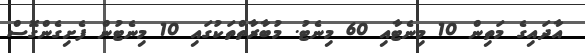
އާދައިގެ މަތިން 10 މިނެޓާއި 60 މިނެޓު. މުބާރާތްތަކުގައި 10 މިނެޓުން ފެށިގެންގޮސް